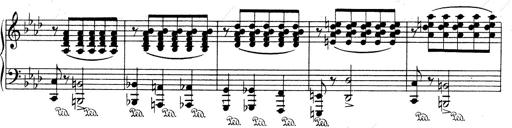
Title: Weinen, Klagen, Sorgen, Zagen
Composer: Franz Liszt